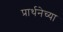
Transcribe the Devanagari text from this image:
प्रार्थनेच्या